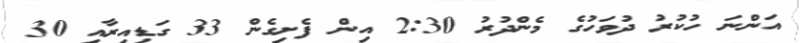
އަންނަ ހުކުރު ދުވަހުގެ މެންދުރު 2:30 އިން ފެށިގެން 33 ގަޑިއިރާއި 30